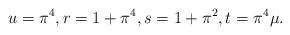
LaTeX: \begin{align*}u=\pi^4, r=1+\pi^4, s=1 + \pi^2, t = \pi^4 \mu.\end{align*}